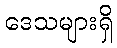
ဒေသများရှိ